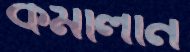
কমলিনি